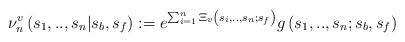
LaTeX: \begin{align*}\nu_{n}^{v}\left( s_{1},..,s_{n}|s_{b},s_{f}\right) :=e^{\sum_{i=1}^{n}\Xi_{v}\left( s_{i},..,s_{n};s_{f}\right) }g\left( s_{1},..,s_{n};s_{b},s_{f}\right)\end{align*}